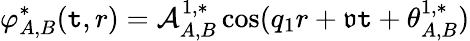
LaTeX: {\varphi}_{A,B}^{*}(\mathtt{t},r)=\mathcal{{A}}_{A,B}^{1,*}\cos(q_{1}r+\mathfrak{{v}}\mathtt{t}+\theta_{A,B}^{1,*})